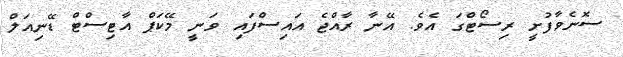
ސޮނެވާފުށީ ރިސޯޓްގަ އެވެ. އޭނާ ރާއްޖެ އައިސްފައި ވަނީ މޭކަޕް އާޓިސްޓް ޑޭނިއަލް